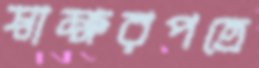
স্বাক্ষরপত্রে